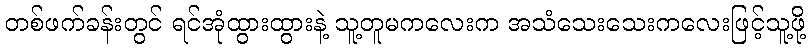
တစ်ဖက်ခန်းတွင် ရင်အုံထွားထွားနဲ့ သူ့တူမကလေးက အသံသေးသေးကလေးဖြင့်သူ့ဖို့